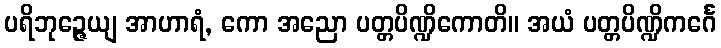
ပရိဘုဉ္ဇေယျ အာဟာရံ, ကော အညော ပတ္တပိဏ္ဍိကောတိ။ အယံ ပတ္တပိဏ္ဍိကင်္ဂေ